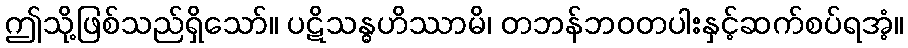
ဤသို့ဖြစ်သည်ရှိသော်။ ပဋိသန္ဓဟိဿာမိ၊ တဘန်ဘဝတပါးနှင့်ဆက်စပ်ရအံ့။